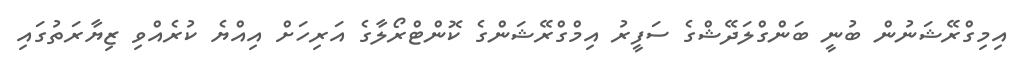
އިމިގްރޭޝަނުން ބުނީ ބަންގްލަދޭޝްގެ ސަފީރު އިމްގްރޭޝަންގެ ކޮންޓްރޯލާގެ އަރިހަށް އިއްޔެ ކުރެއްވި ޒިޔާރަތުގައި